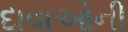
દાવાઓની